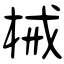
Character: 械